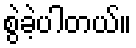
စွဲခဲ့ပါတယ်။